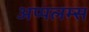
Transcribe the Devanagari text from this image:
अप्पलम्स